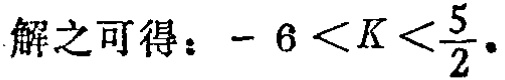
解之可得：\(-6 < K < \frac{5}{2}\)